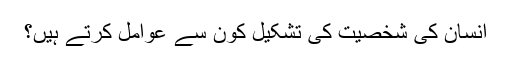
انسان کی شخصیت کی تشکیل کون سے عوامل کرتے ہیں؟